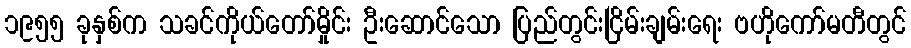
၁၉၅၅ ခုနှစ်က သခင်ကိုယ်တော်မှိုင်း ဦးဆောင်သော ပြည်တွင်းငြိမ်းချမ်းရေး ဗဟိုကော်မတီတွင်